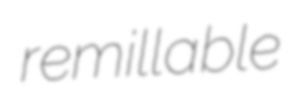
remillable